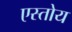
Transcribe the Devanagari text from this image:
एस्तोय